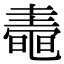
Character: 𪓤